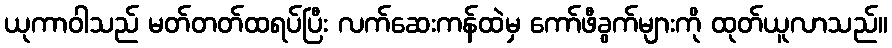
ယုကာဝါသည် မတ်တတ်ထရပ်ပြီး လက်ဆေးကန်ထဲမှ ကော်ဖီခွက်များကို ထုတ်ယူလာသည်။